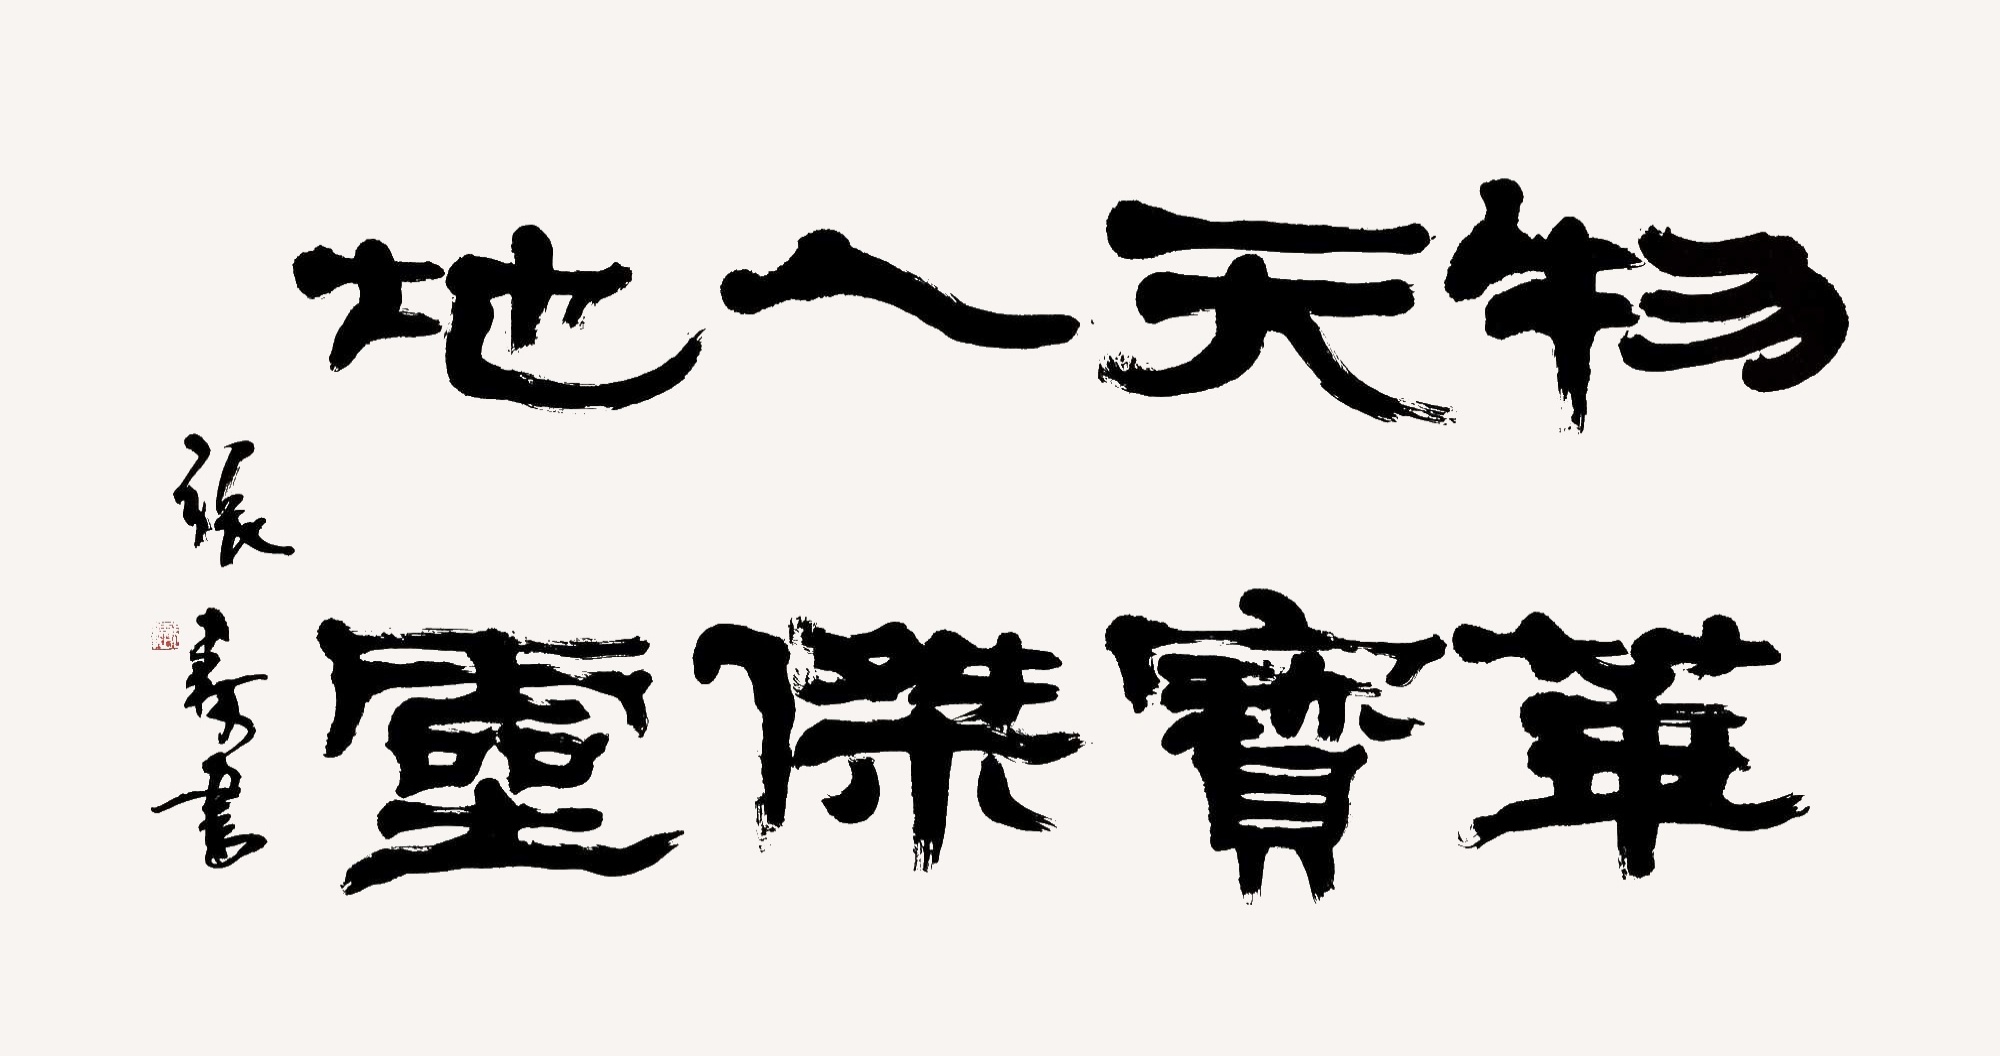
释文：物华天宝，人杰地灵。张森书。